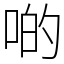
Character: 啲